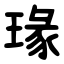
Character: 瑑